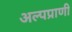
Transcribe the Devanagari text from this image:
अल्पप्राणी